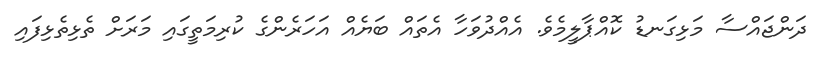
ދަންޖައްސާ މަޅިގަނޑު ކޮއްޕާލީމެވެ. އެއްދުވަހާ އެތައް ބަޔެއް އަހަރެންގެ ކުރިމަތީގައި މަރަށް ތެޅިތެޅިފައި